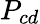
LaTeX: P_{cd}